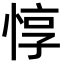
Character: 惇